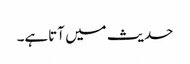
حدیث میں آتاہے۔